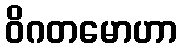
ဝိဂတမောဟာ